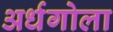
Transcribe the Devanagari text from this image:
अर्धगोला